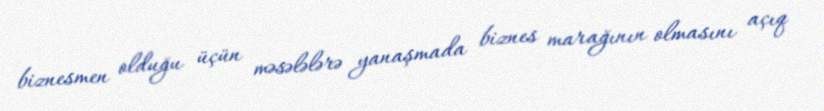
biznesmen olduğu üçün məsələlərə yanaşmada biznes marağının olmasını açıq